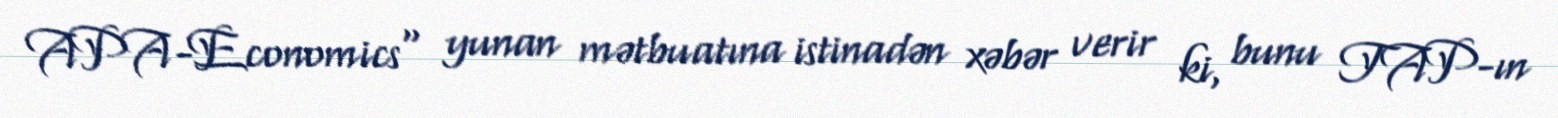
APA-Economics" yunan mətbuatına istinadən xəbər verir ki, bunu TAP-ın